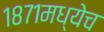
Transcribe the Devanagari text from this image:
१८७१मध्येच